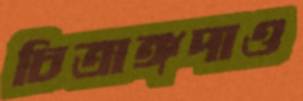
চিত্রাঙ্গদাও